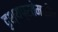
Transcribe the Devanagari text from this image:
दृश्यप्रतेमधील